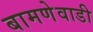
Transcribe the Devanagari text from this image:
बामणेवाडी